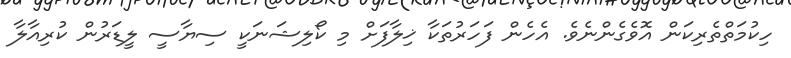
ހިކުމަތްތެރިކަން އޮވެގެންނެވެ. އެހެން ފަހަރުތަކާ ޚިލާފަށް މި ކޯލިޝަނަކީ ސިޔާސީ ލީޑަރުން ކުރިއާލާ